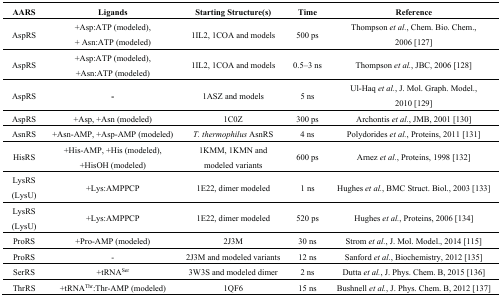
<table><thead><tr><td><b>AARS</b></td><td><b>Ligands</b></td><td><b>Starting Structure(s)</b></td><td><b>Time</b></td><td><b>Reference</b></td></tr></thead><tbody><tr><td>AspRS</td><td>+Asp:ATP (modeled), + Asn:ATP (modeled)</td><td>1IL2, 1COA and models</td><td>500 ps</td><td>Thompson <i>et al.</i>, Chem. Bio. Chem., 2006 [127]</td></tr><tr><td>AspRS</td><td>+Asp:ATP (modeled), +Asn:ATP (modeled)</td><td>1IL2, 1COA and models</td><td>0.5–3 ns </td><td>Thompson <i>et al.</i>, JBC, 2006 [128]</td></tr><tr><td>AspRS</td><td>-</td><td>1ASZ and models</td><td>5 ns</td><td>Ul-Haq <i>et al.</i>, J. Mol. Graph. Model., 2010 [129]</td></tr><tr><td>AspRS</td><td>+Asp, +Asn (modeled)</td><td>1C0Z </td><td>300 ps</td><td>Archontis <i>et al.</i>, JMB, 2001 [130] </td></tr><tr><td>AsnRS</td><td>+Asn-AMP, +Asp-AMP (modeled)</td><td><i>T. thermophilus</i> AsnRS</td><td>4 ns</td><td>Polydorides <i>et al.</i>, Proteins, 2011 [131]</td></tr><tr><td>HisRS</td><td>+His-AMP, +His (modeled), +HisOH (modeled)</td><td>1KMM, 1KMN and modeled variants</td><td>600 ps</td><td>Arnez <i>et al.</i>, Proteins, 1998 [132]</td></tr><tr><td>LysRS (LysU)</td><td>+Lys:AMPPCP</td><td>1E22, dimer modeled </td><td>1 ns</td><td>Hughes <i>et al.</i>, BMC Struct. Biol., 2003 [133]</td></tr><tr><td>LysRS (LysU)</td><td>+Lys:AMPPCP</td><td>1E22, dimer modeled</td><td>520 ps</td><td>Hughes <i>et al.</i>, Proteins, 2006 [134]</td></tr><tr><td>ProRS</td><td>+Pro-AMP (modeled)</td><td>2J3M</td><td>30 ns</td><td>Strom <i>et al.</i>, J. Mol. Model., 2014 [115]</td></tr><tr><td>ProRS</td><td>-</td><td>2J3M and modeled variants</td><td>12 ns</td><td>Sanford <i>et al.</i>, Biochemistry, 2012 [135]</td></tr><tr><td>SerRS</td><td>+tRNA<sup>Ser</sup></td><td>3W3S and modeled dimer</td><td>2 ns</td><td>Dutta <i>et al.</i>, J. Phys. Chem. B, 2015 [136]</td></tr><tr><td>ThrRS</td><td>+tRNA<sup>Thr</sup>:Thr-AMP (modeled)</td><td>1QF6</td><td>15 ns </td><td>Bushnell <i>et al.</i>, J. Phys. Chem. B, 2012 [137]</td></tr></tbody></table>